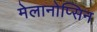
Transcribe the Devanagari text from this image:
मेलानोप्सिन